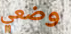
وضعي